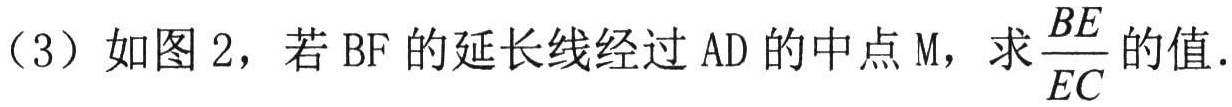
（3）如图 2，若 \(BF\) 的延长线经过 \(AD\) 的中点 \(M\)，求\(\dfrac{BE}{EC}\)的值.